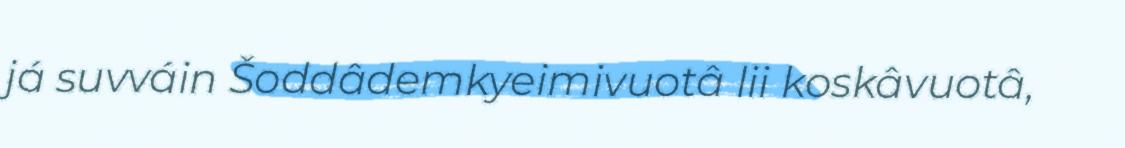
já suvváin Šoddâdemkyeimivuotâ lii koskâvuotâ,